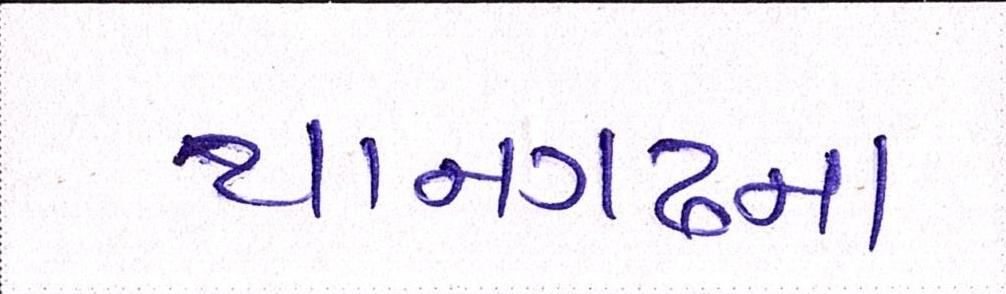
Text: થાનગઢના